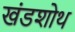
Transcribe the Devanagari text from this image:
खंडशोथ